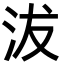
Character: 沷